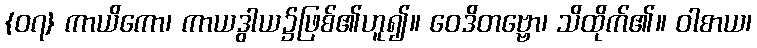
{၀၇} ကာယိကော၊ ကာယဒွါယ၌ဖြစ်၏ဟူ၍။ ဝေဒိတဗ္ဗော၊ သိထိုက်၏။ ဝါစာယ၊